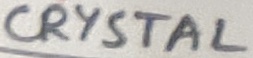
Text: CRYSTAL